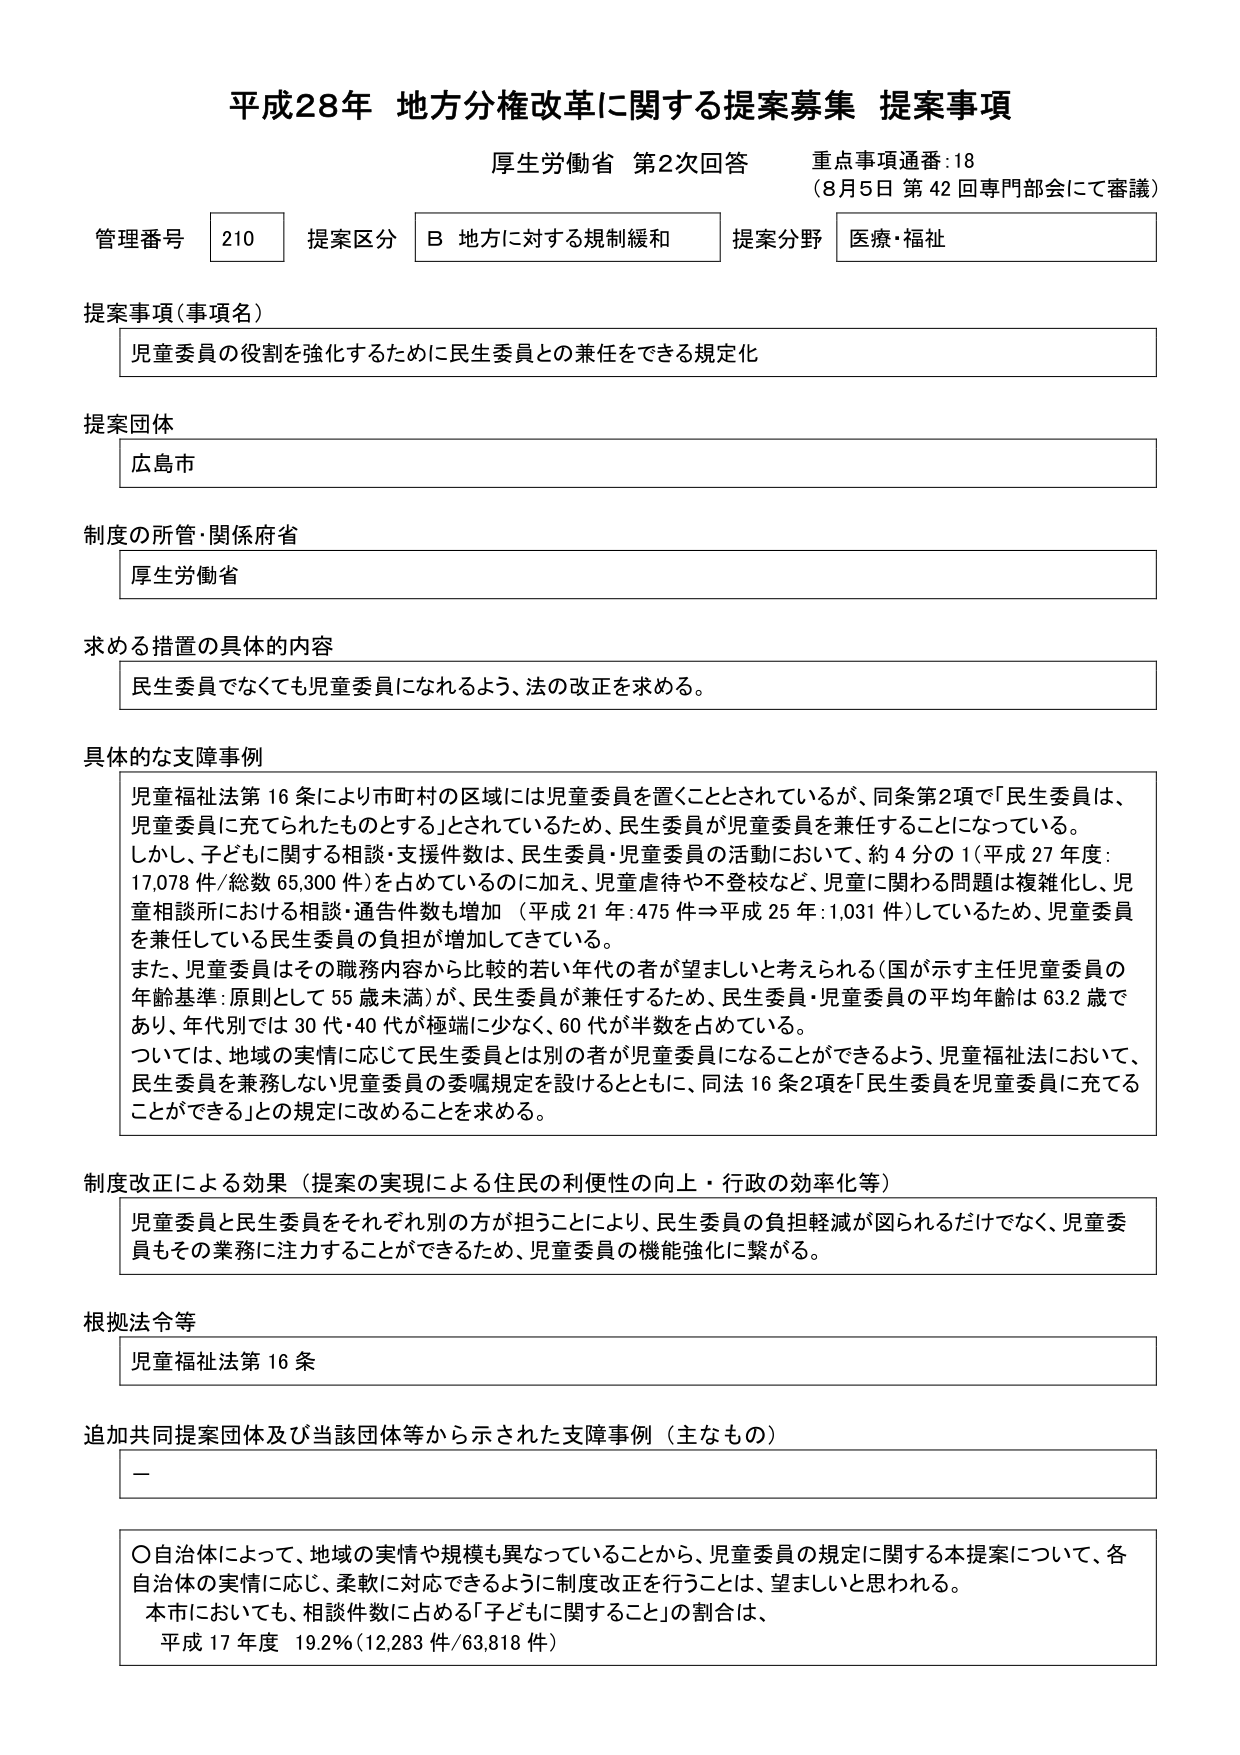
平成28年 地方分権改革に関する提案募集 提案事項
厚生労働省 第2次回答 重点事項通番:18
（8月5日 第42回専門部会にて審議）

管理番号 210 提案区分 B 地方に対する規制緩和 提案分野 医療・福祉

提案事項（事項名）
児童委員の役割を強化するために民生委員との兼任をできる規定化

提案団体
広島市

制度の所管・関係府省
厚生労働省

求める措置の具体的な内容
民生委員でなくても児童委員になれるよう、法の改正を求める。

具体的な支障事例
児童福祉法第16条により市町村の区域には児童委員を置くこととされているが、同条第2項で「民生委員は、児童委員に充てられたものとする」とされているため、民生委員が児童委員を兼任することになっている。
しかし、子どもに関する相談・支援件数は、民生委員・児童委員の活動において、約4分の1（平成27年度：17,078件/総数65,300件）を占めているのに加え、児童虐待や不登校など、児童に関わる問題は複雑化し、児童相談所における相談・通告件数も増加（平成21年：475件⇒平成25年：1,031件）しているため、児童委員を兼任している民生委員の負担が増加してきている。
また、児童委員はその職務内容から比較的若い年代の者が望ましいと考えられる（国が示す主任児童委員の年齢基準：原則として55歳未満）が、民生委員が兼任するため、民生委員・児童委員の平均年齢は63.2歳であり、年代別では30代・40代が極端に少なく、60代が半数を占めている。
ついては、地域の実情に応じて民生委員とは別の者が児童委員になることができるよう、児童福祉法において、民生委員を兼務しない児童委員の委嘱規定を設けるとともに、同法16条2項を「民生委員を児童委員に充てることができる」との規定に改めることを求める。

制度改正による効果（提案の実現による住民の利便性の向上・行政の効率化等）
児童委員と民生委員をそれぞれ別の方が担うことにより、民生委員の負担軽減が図られるだけでなく、児童委員もその業務に注力することができるため、児童委員の機能強化に繋がる。

根拠法令等
児童福祉法第16条

追加共同提案団体及び当該団体等から示された支障事例（主なもの）
－

〇自治体によって、地域の実情や規模も異なっていることから、児童委員の規定に関する本提案について、各自治体の実情に応じ、柔軟に対応できるように制度改正を行うことは、望ましいと思われる。
本市においても、相談件数に占める「子どもに関すること」の割合は、
平成17年度 19.2%（12,283件/63,818件）